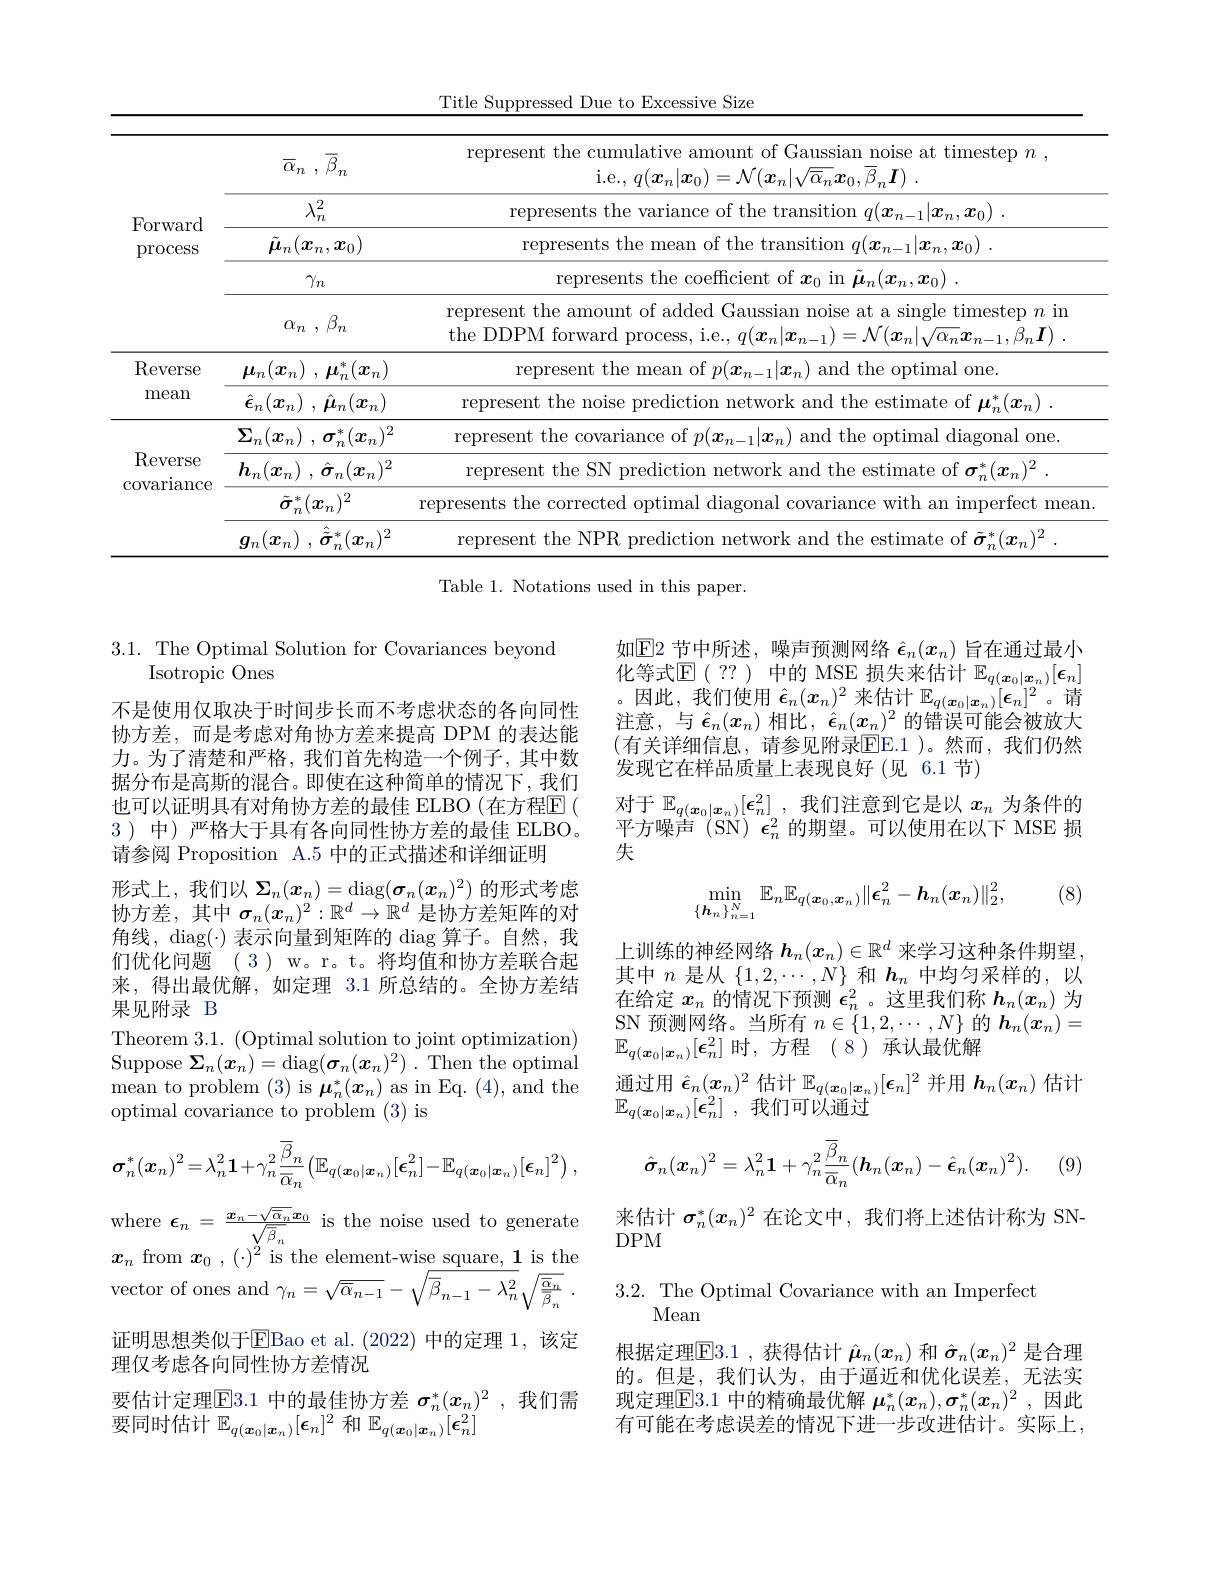
Title Suppressed Due to Excessive Size

<table>
	<tbody>
		<tr>
			<td rowspan="5">Forward process</td>
			<td>$\overline {\alpha }_{n}$ , $\overline {\beta }_{n}$</td>
			<td>represent the cumulative amount of Gaussian noise at timestep $n$ , i. e. , $q( \boldsymbol{x}_{n}| \boldsymbol{x}_{0}) = \mathcal{N} ( \boldsymbol{x}_{n}| \sqrt {\overline {\alpha }_{n}}\boldsymbol{x}_{0}, \overline {\beta }_{n}\boldsymbol{I})$ .</td>
		</tr>
		<tr>
			<td>$\lambda_n^2$</td>
			<td>$q( \boldsymbol{x}_{n- 1}| \boldsymbol{x}_{n}, \boldsymbol{x}_{0})$ . represents the varlance</td>
		</tr>
		<tr>
			<td>$\tilde{\mu}_n(\boldsymbol{x}_n,\boldsymbol{x}_0)$</td>
			<td>represents the mear of the t $tr\varepsilon$ nsitlon n $q( \boldsymbol{x}_{n- 1}| \boldsymbol{x}_{n}, \boldsymbol{x}_{0})$ .</td>
		</tr>
		<tr>
			<td>$\gamma_n$</td>
			<td>represents the coefficient of $x_{\mathrm{c}}$ $\mu _{n}( \boldsymbol{x}_{n}, \boldsymbol{x}_{0})$ .</td>
		</tr>
		<tr>
			<td>$\alpha _{n}$ , $\beta _{n}$</td>
			<td>represent the amount of added Gaussian noise at a single timestep $n$ in the DDPM forward process, i.e., $q( x_n| x_{n- 1}) = \mathcal{N} ( x_n| \sqrt {\alpha _n}\boldsymbol{x}_{n- 1}, \beta _n\boldsymbol{I})$ .</td>
		</tr>
		<tr>
			<td rowspan="2">Reverse mean</td>
			<td>$\mu _{n}( \boldsymbol{x}_{n})$ , $\boldsymbol{\mu }_{n}^{* }( \boldsymbol{x}_{n})$</td>
			<td>represent the the optimal one and t</td>
		</tr>
		<tr>
			<td>$\hat{\boldsymbol{\epsilon }} _{n}( \boldsymbol{x}_{n})$ , $\hat{\boldsymbol{\mu }} _{n}( \boldsymbol{x}_{n})$</td>
			<td>represent the nolse predıctıon twork and the estimate of $\boldsymbol\mu_n^*(x_n)$</td>
		</tr>
		<tr>
			<td rowspan="4">$\operatorname{Reverse}$ covarlance</td>
			<td>$\boldsymbol{\Sigma }_{n}( \boldsymbol{x}_{n})$ , $\boldsymbol{\sigma }_{n}^{* }( \boldsymbol{x}_{n}) ^{2}$</td>
			<td>represent optimal diagonal one the c</td>
		</tr>
		<tr>
			<td>$\boldsymbol{h}_{n}( \boldsymbol{x}_{n})$ , $\hat{\boldsymbol{\sigma }} _{n}( \boldsymbol{x}_{n}) ^{2}$</td>
			<td>represent the SN nredictic $^{*}(x_{\mathrm{m}})^{2}$</td>
		</tr>
		<tr>
			<td>$\tilde{\sigma}_n^*(\boldsymbol{x}_n)^2$</td>
			<td>represents the corrected optimal diagonal covariance with an imperfect mean</td>
		</tr>
		<tr>
			<td>和 .2 $g_n$ $x.$ $\boldsymbol{\sigma}$ $x_{i}$ 77 $m$</td>
			<td>represent t $m14$</td>
		</tr>
	</tbody>
</table>
Table 1. Notations used in this paper.

3.1. The Optimal Solution for Covariances beyond
Isotropic Ones

如$\mathbb{E}$2 节中所述，噪声预测网络 $\hat{\epsilon}_n(x_n)$ 旨在通过最小化等式$\mathbb{E}($ ?? ) 中的 MSE 损失来估计 $\mathbb{E}_q(\boldsymbol{x}_0|\boldsymbol{x}_n)[\boldsymbol{\epsilon}_n]$ 。因此，我们使用$\hat{\epsilon}_n(x_n)^2$来估计$\mathbb E_q(\boldsymbol x_0|\boldsymbol{x}_n)[\boldsymbol{\epsilon}_n]^2$。请注意，与$\hat{\boldsymbol{\epsilon}}_n(x_n)$ 相比$,\hat{\boldsymbol{\epsilon}}_n(x_n)^2$ 的错误可能会被放大(有关详细信息，请参见附录EE.1 )。然而，我们仍然发现它在样品质量上表现良好(见 6.1 节)
对于$\mathbb{E}_q(\boldsymbol{x}_0|\boldsymbol{x}_n)[\boldsymbol{\epsilon}_n^2]$,我们注意到它是以$x_n$为条件的平方噪声(SN) $\epsilon_n^2$的期望。可以使用在以下 MSE 损失

(8)
$$\min\limits_{\{\boldsymbol{h}_n\}_{n=1}^N}\mathbb{E}_n\mathbb{E}_{q(\boldsymbol{x}_0,\boldsymbol{x}_n)}\|\boldsymbol{\epsilon}_n^2-\boldsymbol{h}_n(\boldsymbol{x}_n)\|_2^2,$$
上训练的神经网络$h_n(x_n)\in\mathbb{R}^d$来学习这种条件期望， 其中$n$是从$\{1,2,\cdots,N\}$和$\boldsymbol{h}_n$中均匀采样的，以在给定$x_n$的情况下预测$\epsilon_n^2$ 。这里我们称$h_n(x_n)$为$\underset{\mathrm{SN}}{\operatorname*{\text{预测网络。当所有}}}n\in\{1,2,\cdots,N\}$的$\boldsymbol h_n(\boldsymbol{x}_n)=$ $\mathbb{E}_{q(\boldsymbol{x}_0|\boldsymbol{x}_n)}[\boldsymbol{\epsilon}_n^2]$时，方程(8)承认最优解
$\underline{\text{通过用 }}\hat{\epsilon}_n(x_n)^2$估计$\mathbb{E}_q(\boldsymbol{x}_0|\boldsymbol{x}_n)[\boldsymbol{\epsilon}_n]^2$并用$\boldsymbol h_n(x_n)$估计
$\mathbb{E} _{q( \boldsymbol{x}_0| \boldsymbol{x}_n) }[ \boldsymbol{\epsilon }_n^2]$ , 我们可以通过

不是使用仅取决于时间步长而不考虑状态的各向同性协方差，而是考虑对角协方差来提高 DPM 的表达能力。为了清楚和严格，我们首先构造一个例子，其中数据分布是高斯的混合。即使在这种简单的情况下，我们也可以证明具有对角协方差的最佳 ELBO(在方程$\mathbb{E}($ 3)中)严格大于具有各向同性协方差的最佳 ELBO。请参阅 Proposition A.5 中的正式描述和详细证明
形式上，我们以$\Sigma_n(x_n)=\operatorname{diag}(\boldsymbol{\sigma}_n(\boldsymbol{x}_n)^2)$的形式考虑协方差，其中$\sigma_n(x_n)^2:\mathbb{R}^d\to\mathbb{R}^d$是协方差矩阵的对角线，diag(-) 表示向量到矩阵的 diag 算子。自然，我们优化问题 ( 3 ) w。r。t。将均值和协方差联合起来，得出最优解，如定理 3.1 所总结的。全协方差结果见附录 B
Theorem 3.1. (Optimal solution to joint optimization) Suppose $\Sigma _n( x_n) = \operatorname { diag} ( \boldsymbol{\sigma }_n( x_n) ^2)$ . Then the optimal $\operatorname*{mean}$to problem(3)is$\boldsymbol\mu_n^*(x_n)$as in Eq.(4),and the optimal covariance to problem (3) is
$$\boldsymbol{\sigma}_{n}^{*}(\boldsymbol{x}_{n})^{2}=\lambda_{n}^{2}\mathbf{1}+\gamma_{n}^{2}\frac{\overline{\beta}_{n}}{\overline{\alpha}_{n}}(\mathbb{E}_{q(\boldsymbol{x}_{0}|\boldsymbol{x}_{n})}[\boldsymbol{\epsilon}_{n}^{2}]-\mathbb{E}_{q(\boldsymbol{x}_{0}|\boldsymbol{x}_{n})}[\boldsymbol{\epsilon}_{n}]^{2}),\quad\hat{\boldsymbol{\sigma}}_{n}(\boldsymbol{x}_{n})^{2}=\lambda_{n}^{2}\mathbf{1}+\gamma_{n}^{2}\frac{\overline{\beta}_{n}}{\overline{\alpha}_{n}}(\boldsymbol{h}_{n}(\boldsymbol{x}_{n})-\hat{\epsilon}_{n}(\boldsymbol{x}_{n})^{2}).$$
$\begin{array}{cc}{\mathrm{where~}\epsilon_{n}}&{=\frac{x_{n}-\sqrt{\overline{\alpha}_{n}}\boldsymbol{x}_{0}}{\sqrt{\overline{\beta}_{n}}}}&{\mathrm{is~the~noise~used~to~generate}}\\{{\sqrt{2}\cdot1}}&{{\sqrt{2}\cdot1}}\end{array}$ $x_n$ from $x_0,(\cdot)^2$ is the element-wise square, 1 is the ${\mathrm{vector~of~ones~and~}\gamma_{n}=\sqrt{\overline{\alpha}_{n-1}}-\sqrt{\overline{\beta}_{n-1}^{\prime}-\lambda_{n}^{2}}\sqrt{\frac{\overline{\alpha}_{n}}{\overline{\beta}_{n}}}\:.}$ 证明思想类似于$\boxed{\mathrm{E}}$Bao et al.(2022)中的定理 1,该定理仅考虑各向同性协方差情况
要估计定理$\overline{\mathbb{E}}$3.1 中的最佳协方差 $\sigma_n^*(x_n)^2$, 我们需
要同时估计$\mathbb{E}_q(\boldsymbol{x}_0|\boldsymbol{x}_n)[\boldsymbol{\epsilon}_n]^2$和$\mathbb{E}_q(\boldsymbol{x}_0|\boldsymbol{x}_n)[\boldsymbol{\epsilon}_n^2]$

来估计$\sigma_n^*(x_n)^2$在论文中，我们将上述估计称为 SN-
DPM

3.2. The Optimal Covariance with an Imperfect
Mean

根据定理$\boxed{\mathrm{E}}3.1$ ,获得估计$\hat{\boldsymbol{\mu}}_n(x_n)$和$\hat{\boldsymbol{\sigma}}_n(x_n)^2$是合理的。但是，我们认为，由于逼近和优化误差，无法实现定理$\overline{\mathrm{E}}3.1$ 中的精确最优解 $\boldsymbol\mu_n^*(x_n),\boldsymbol\sigma_n^*(x_n)^2$ ,因此有可能在考虑误差的情况下进一步改进估计。实际上，